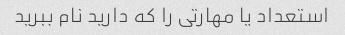
استعداد یا مهارتی را که دارید نام ببرید